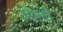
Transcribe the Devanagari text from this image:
प्रभवी